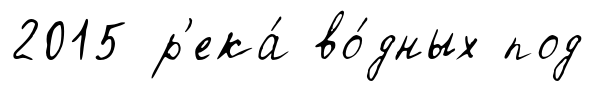
2015 р'ека́ во́дных под